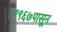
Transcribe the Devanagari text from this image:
१९६७पासून